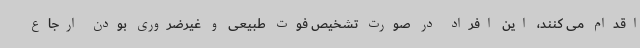
اقدام می کنند، این افراد در صورت تشخیص فوت طبیعی و غیرضروری بودن ارجاع